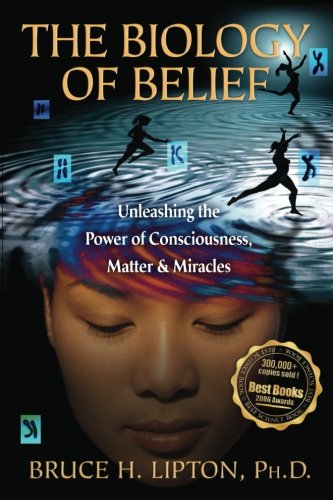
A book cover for The Biology of Belief: Unleashing the Power of Consciousness, Matter, & Miracles; Bruce H. Lipton; Science & Math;